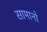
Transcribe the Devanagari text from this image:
सामानो